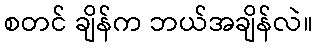
စတင် ချိန်က ဘယ်အချိန်လဲ။